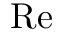
\mathrm { R e }